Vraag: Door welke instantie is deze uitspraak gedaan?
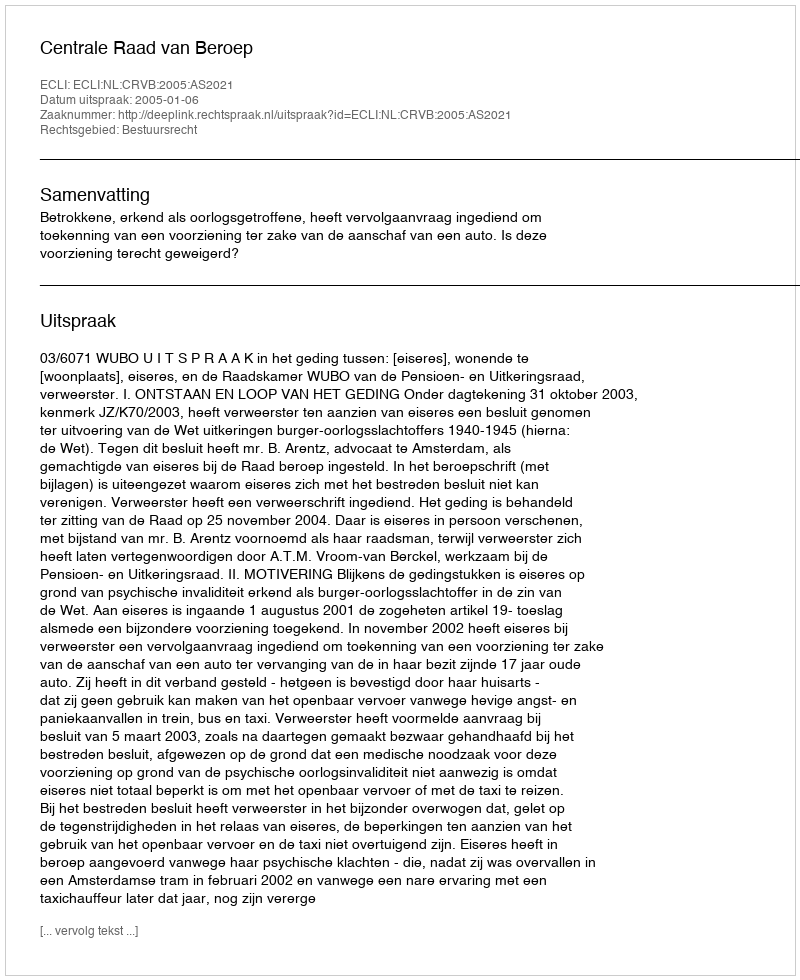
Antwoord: Centrale Raad van Beroep